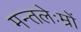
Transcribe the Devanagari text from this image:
मन्तलेःम्रों